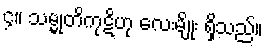
၄။ သမ္မုတိကုဋိဟု လေးမျိုး ရှိသည်။